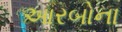
આરબોના